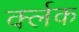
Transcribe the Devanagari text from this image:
र्क्लक